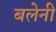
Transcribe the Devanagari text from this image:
बलेनी